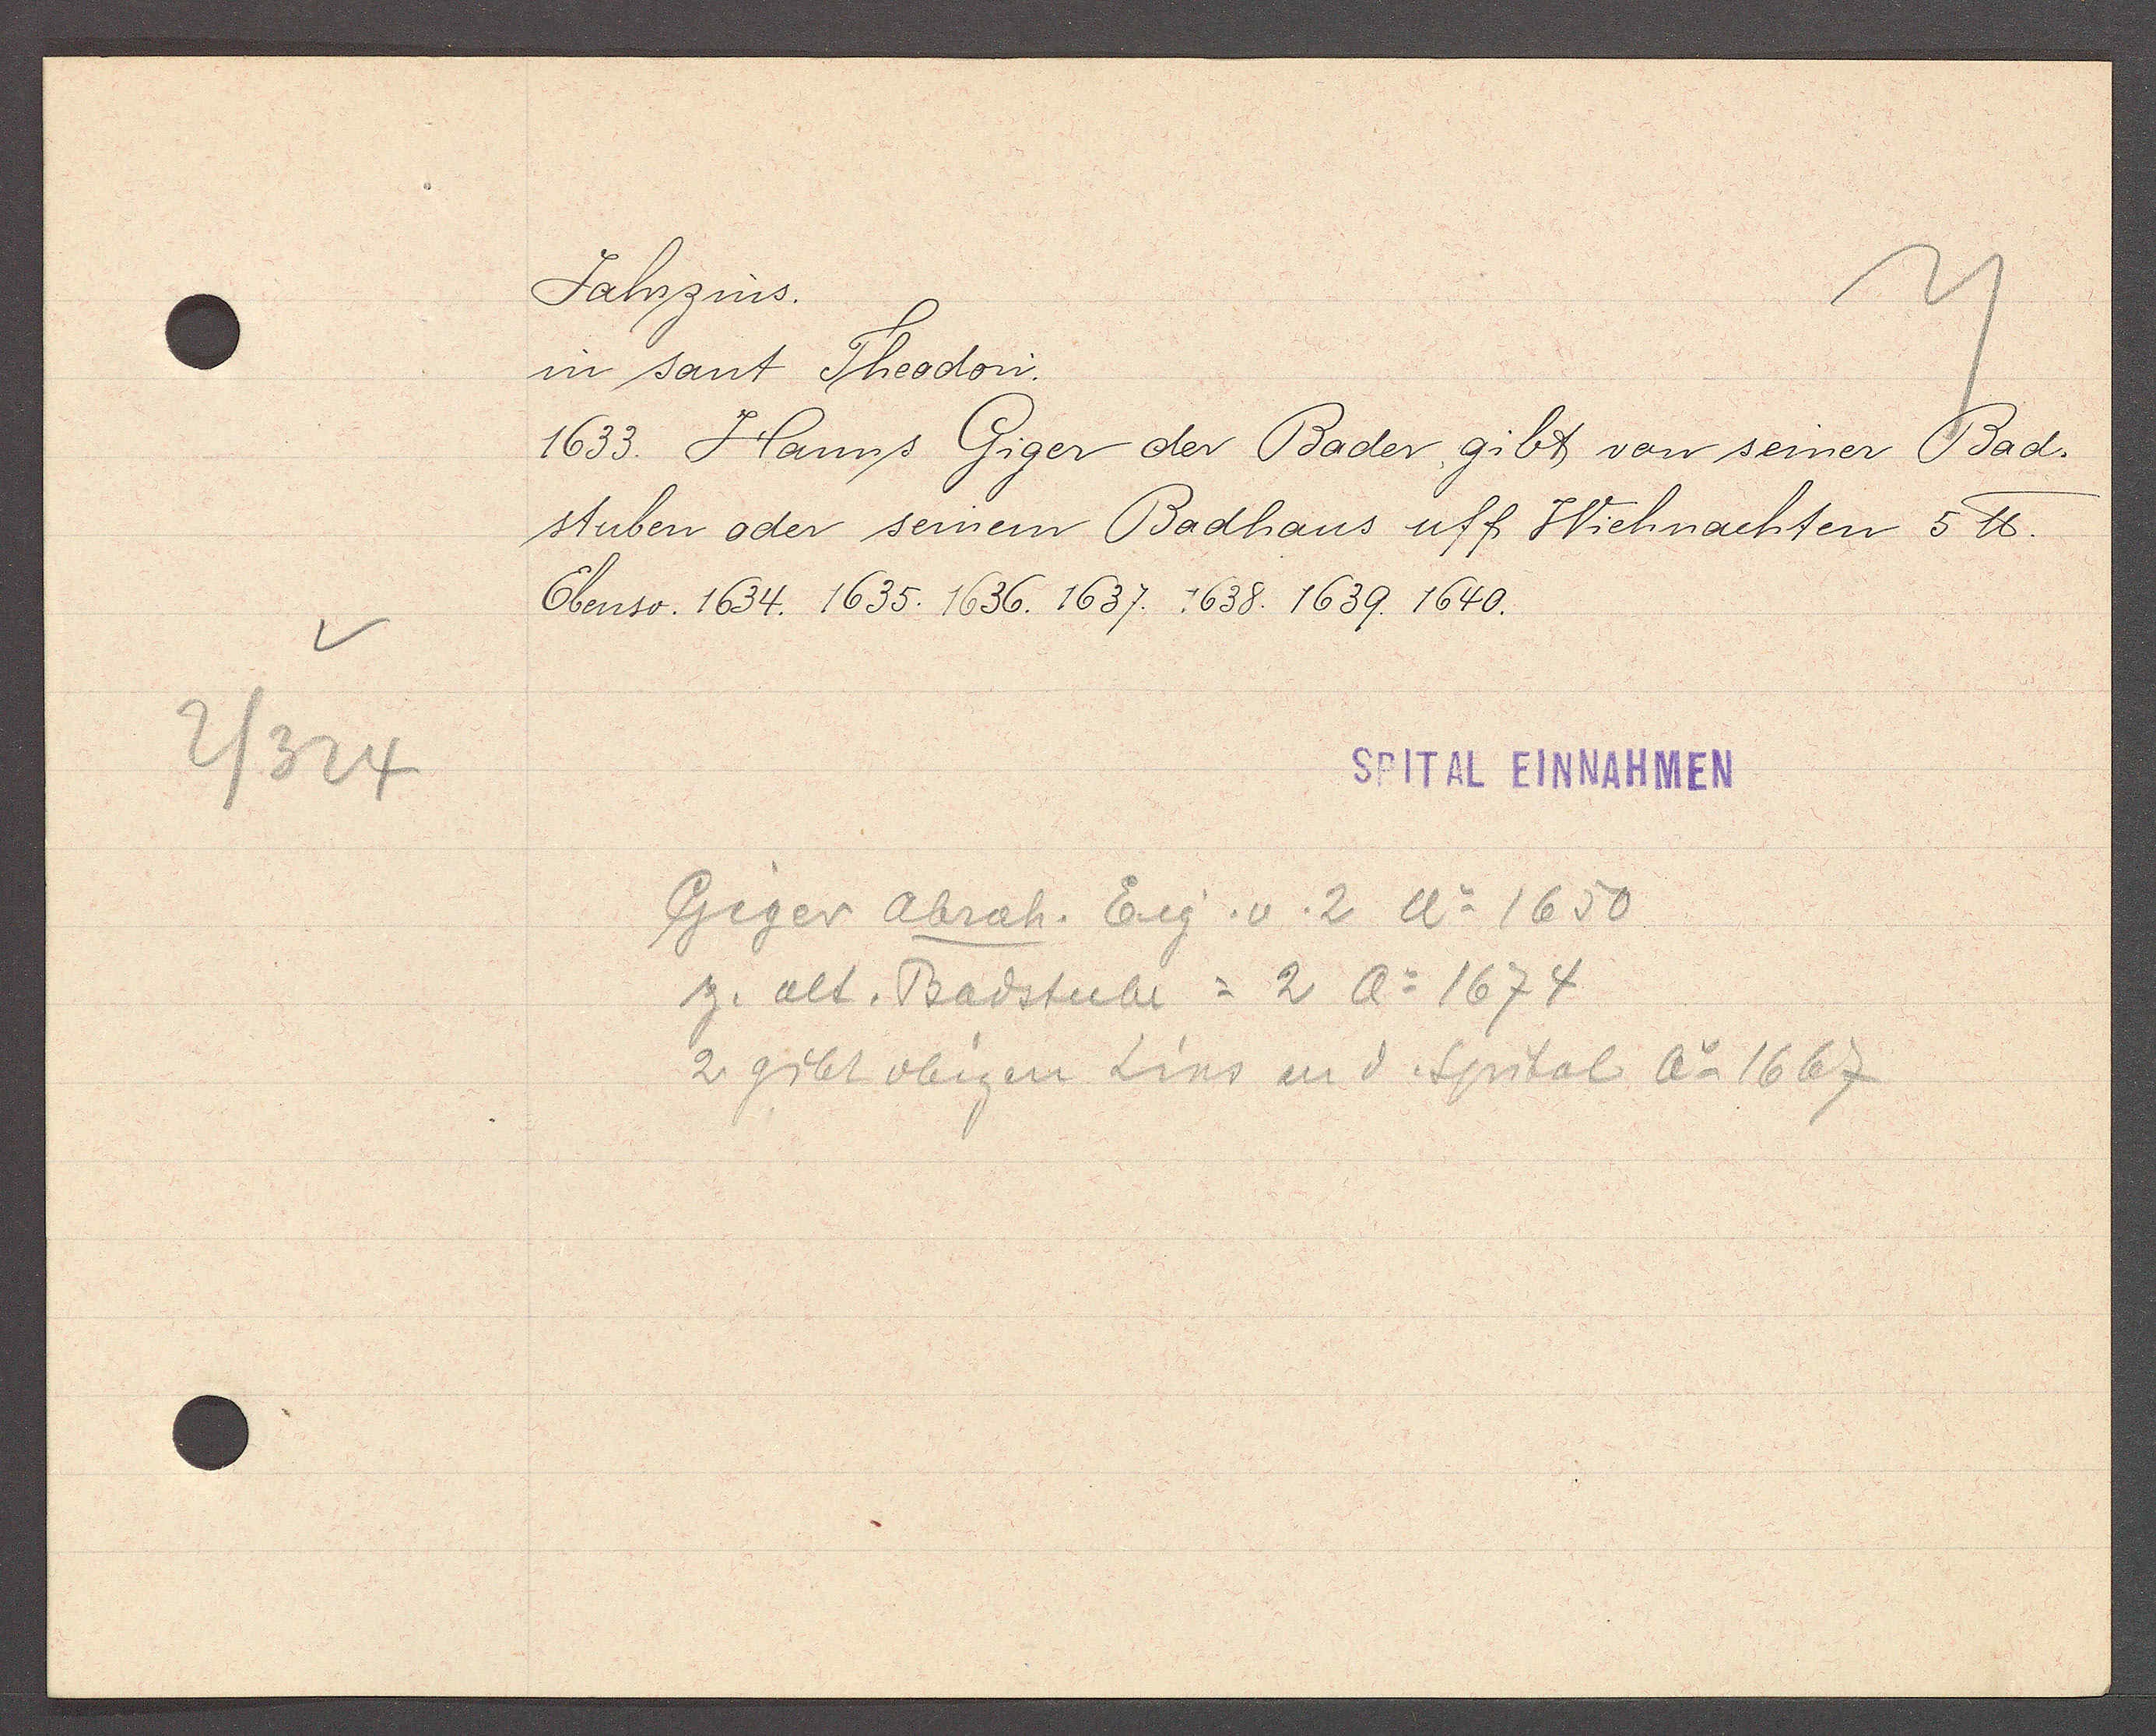
Transcript:
2/324

Jahrzins.

in sant Theodori.
1633. Hanns Giger der Bader gibt von seiner Bad¬
stuben oder seinem Badhaus uff Wiehnachten 5 ℔.
Ebenso. 1634. 1635. 1636. 1637. 1638. 1639. 1640.

SPITAL EINNAHMEN

Giger Abrah. Eig. v. 2 Ao 1650
z. alt. Badstube = 2 Ao 1674
2 gibt obigen Zins und Spital Ao 1667